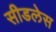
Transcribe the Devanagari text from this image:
सीडलेस